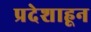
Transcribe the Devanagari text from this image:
प्रदेशाहून